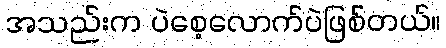
အသည်းက ပဲစေ့လောက်ပဲဖြစ်တယ်။